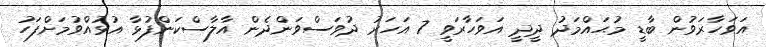
އަވަހާރަވުން ބާޑީ މުޙައްމަދު ދީދީ އަވަހާރަވީ 7 އަހަރު ދުވަސްވަންދެން އާލާސްކަންފުޅާ އުޅުއްވުމަށްފަހު